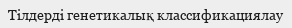
Тілдерді генетикалық классификациялау